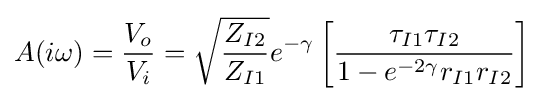
A(i\omega )={\frac {V_{o}}{V_{i}}}={\sqrt {\frac {Z_{I2}}{Z_{I1}}}}e^{-\gamma }\left[{\frac {\tau _{I1}\tau _{I2}}{1-e^{-2\gamma }r_{I1}r_{I2}}}\right]